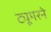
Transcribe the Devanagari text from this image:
ट्यूमरने